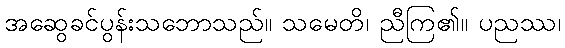
အဆွေခင်ပွန်းသဘောသည်။ သမေတိ၊ ညီကြ၏။ ပညဿ၊